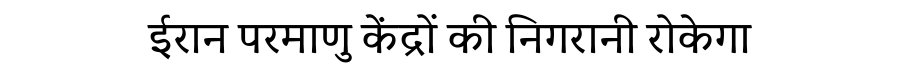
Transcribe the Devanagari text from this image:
ईरान परमाणु केंद्रों की निगरानी रोकेगा